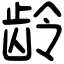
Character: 龄